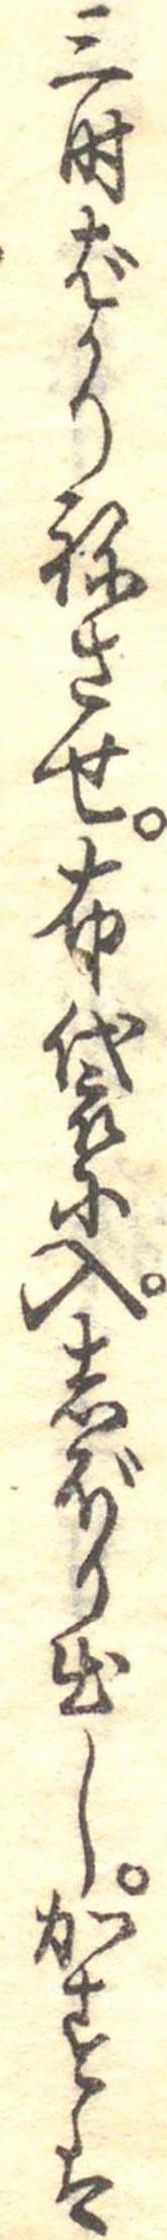
三時ばかりねさせ布袋に入しぼり出しかすを